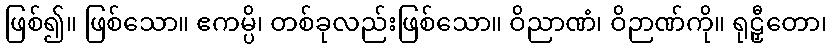
ဖြစ်၍။ ဖြစ်သော။ ဧကမ္ပိ၊ တစ်ခုလည်းဖြစ်သော။ ဝိညာဏံ၊ ဝိဉာဏ်ကို။ ရုဠှီတော၊